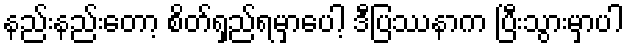
နည်းနည်းတော့ စိတ်ရှည်ရမှာပေါ့ ဒီပြဿနာက ပြီးသွားမှာပါ